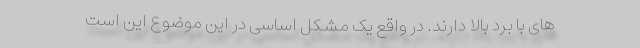
های با برد بالا دارند. در واقع یک مشکل اساسی در این موضوع این است